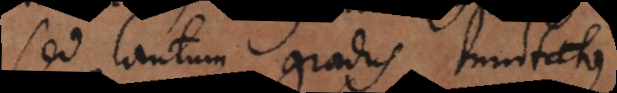
sed tantum gradus mutatus